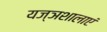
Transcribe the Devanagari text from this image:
यज्ञशालाएं